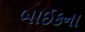
બાઈકના